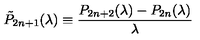
\tilde { P } _ { 2 n + 1 } ( \lambda ) \equiv \frac { P _ { 2 n + 2 } ( \lambda ) - P _ { 2 n } ( \lambda ) } { \lambda }